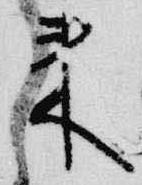
来